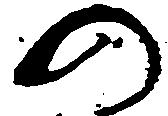
の